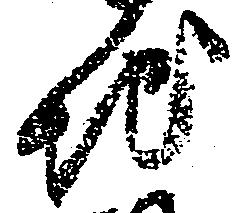
地